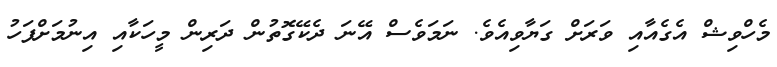
މެހްވިޝް އެގެއާއި ވަރަށް ގަޔާވިއެވެ. ނަމަވެސް އޭނަ ދެކޭގޮތުން ދަރިން މީހަކާއި އިނުމަށްފަހު